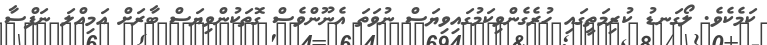
ކަމެކެވެ. ލޯގަނޑު ކުރިމަތީގައި ހުރެގެންވިކަމުގައިވިޔަސް ނުވަތަ އެނޫންވެސް ގޮތަކުންވިޔަސް ބާރަށް އަމިއްލަ ނަފްސާ